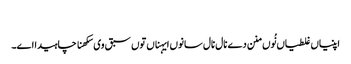
‏
اپنیاں غلطیاں نُوں منن دے نال نال سانوں ایہناں توں سبق وی سکھنا چاہیدا اے۔